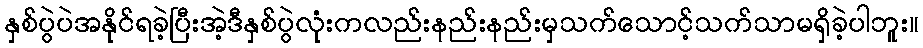
နှစ်ပွဲပဲအနိုင်ရခဲ့ပြီးအဲ့ဒီနှစ်ပွဲလုံးကလည်းနည်းနည်းမှသက်သောင့်သက်သာမရှိခဲ့ပါဘူး။